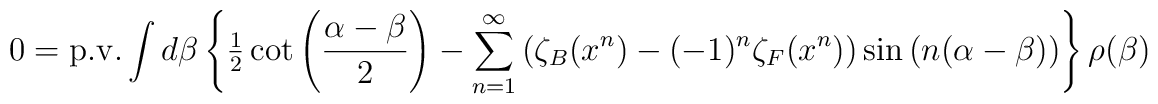
0=\mathrm{p.v.} \int {d\beta }  \left\{ {{\textstyle{1 \over 2}}\cot \left( {{{\alpha -\beta } \over 2}}   \right)-\sum\limits_{n=1}^\infty  {\left( {\zeta_B(x^n)-(-1)^n\zeta_F(x^n)}    \right)\sin \left( {n(\alpha -\beta )} \right)}} \right\}\rho (\beta )